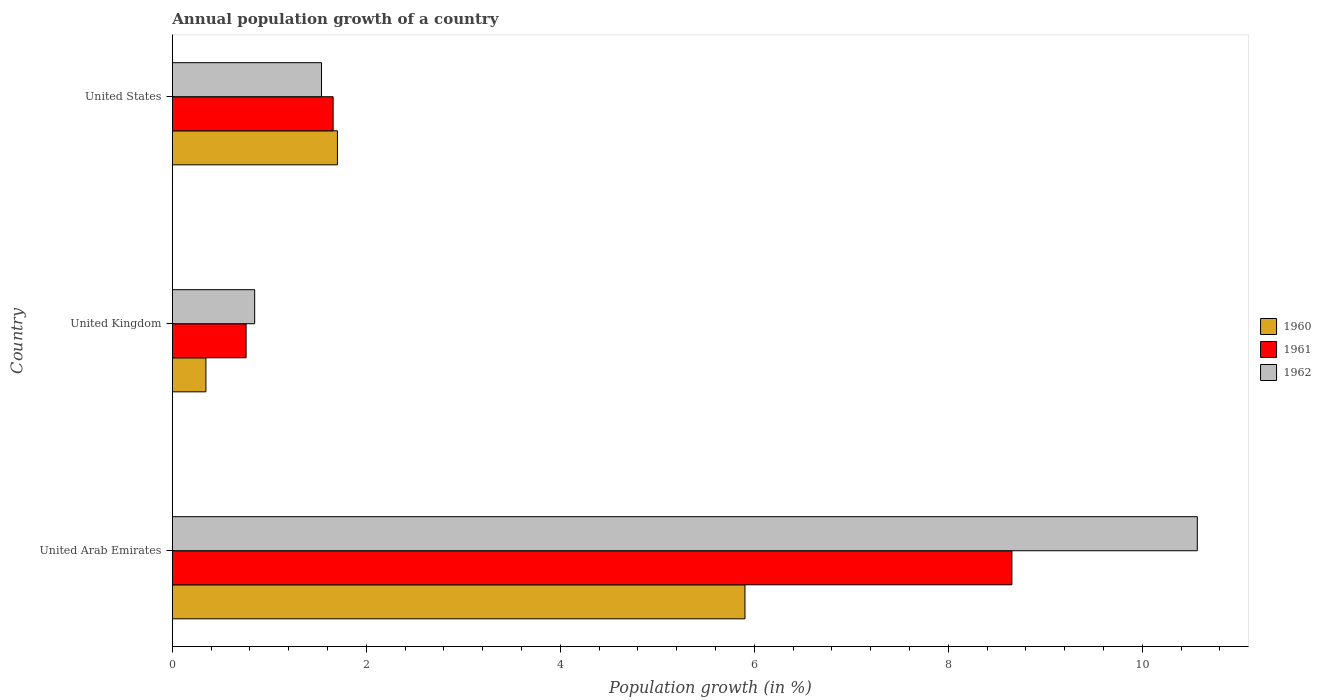
| Country | 1960 | 1961 | 1962 |
 | --- | --- | --- | --- |
 | United Arab Emirates | 5.9 | 8.66 | 10.6 |
 | United Kingdom | 0.346 | 0.76 | 0.849 |
 | United States | 1.7 | 1.66 | 1.54 |